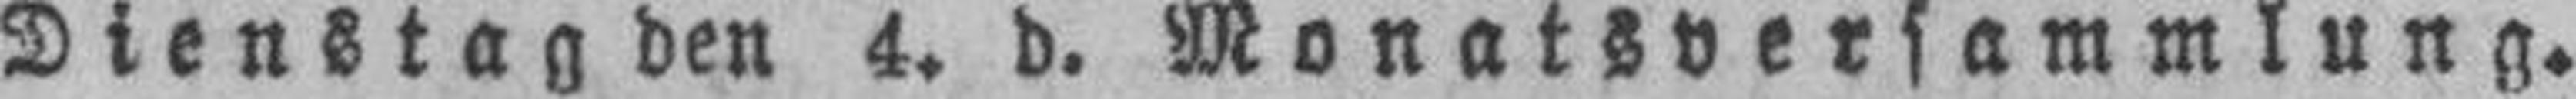
Dienstag den 4. d. Monatsversammlung.